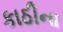
કાઠીના